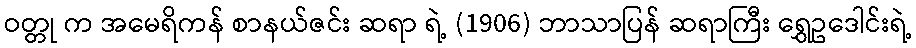
ဝတ္တု က အမေရိကန် စာနယ်ဇင်း ဆရာ ရဲ့ (1906) ဘာသာပြန် ဆရာကြီး ရွှေဥဒေါင်းရဲ့